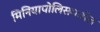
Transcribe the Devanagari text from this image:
मिनियापोलिसमधील